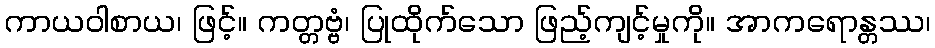
ကာယဝါစာယ၊ ဖြင့်။ ကတ္တဗ္ဗံ၊ ပြုထိုက်သော ဖြည့်ကျင့်မှုကို။ အာကရောန္တဿ၊